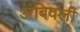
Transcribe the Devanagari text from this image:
अंबिवली